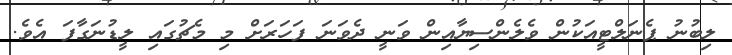
ލިބުނު ޕެނަލްޓީއަކުން ވެލެންސިޔާއިން ވަނީ ދެވަނަ ފަހަރަށް މި މެޗުގައި ލީޑުނަގާފަ އެވެ.